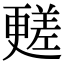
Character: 𣍏